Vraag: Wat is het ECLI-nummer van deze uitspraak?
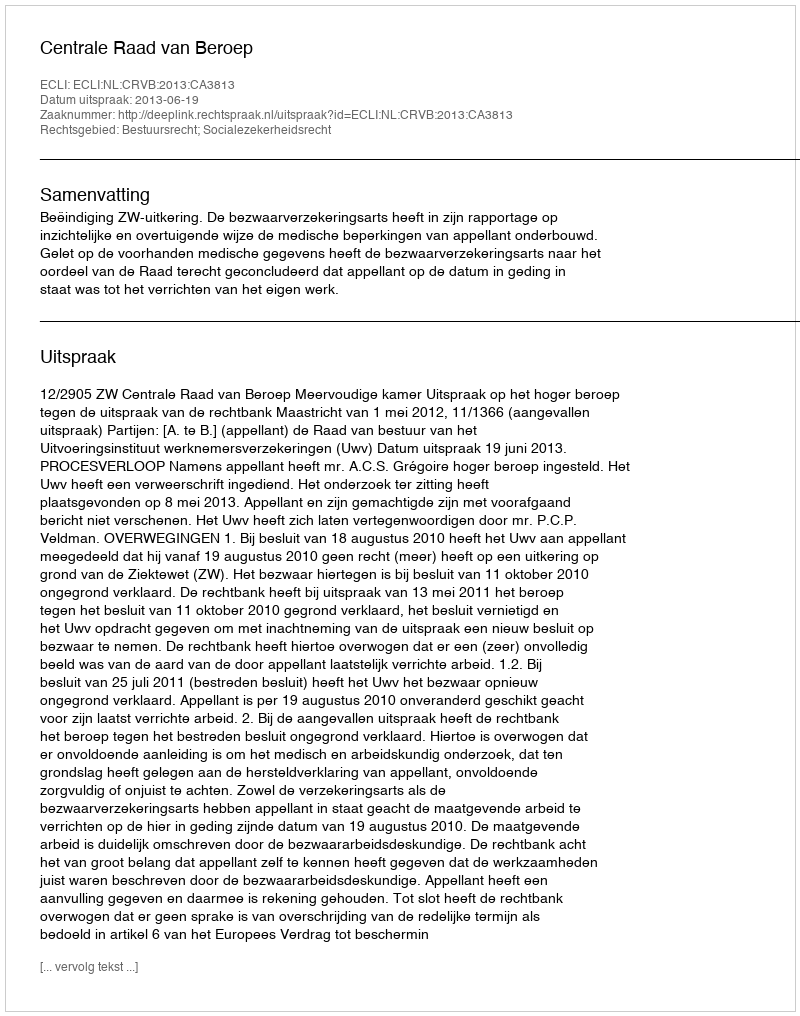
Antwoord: ECLI:NL:CRVB:2013:CA3813